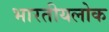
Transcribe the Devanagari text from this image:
भारतीयलोक